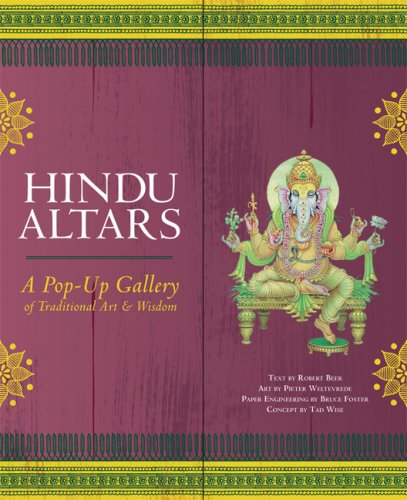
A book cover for Hindu Altars: A Pop-up Gallery of Traditional Art and Wisdom; Robert Beer; Religion & Spirituality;